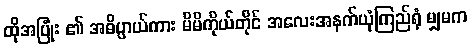
ထိုအပြုံး ၏ အဓိပ္ပာယ်ကား မိမိကိုယ်တိုင် အလေးအနက်ယုံကြည်ရုံ မျှမက